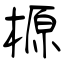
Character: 榞